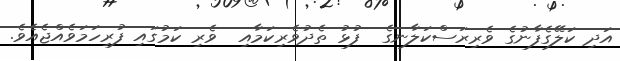
އަދި ކަލޭގެފާނުގެ ވެރިރަސްކަލާނގެ  ފުޅު ތެދުވެރިކަމާއި  ވެރި ކަމުގައި ފުރިހަމަވެއްޖެއެވެ.